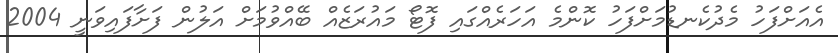
އެއަށްފަހު މެދުކެނޑުމަށްފަހު ކޮންމެ އަހަރެއްގައި ފޮޓޯ މައުރަޒެއް ބޭއްވުމަށް އަލުން ފަށާފައިވަނީ 2004